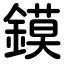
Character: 鏌